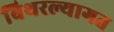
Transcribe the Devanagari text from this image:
बिथरल्यागत